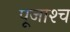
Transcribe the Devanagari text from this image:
पूजाश्‍च